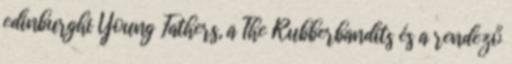
edinburghi Young Fathers, a The Rubberbandits és a rendező